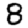
Digit: 8